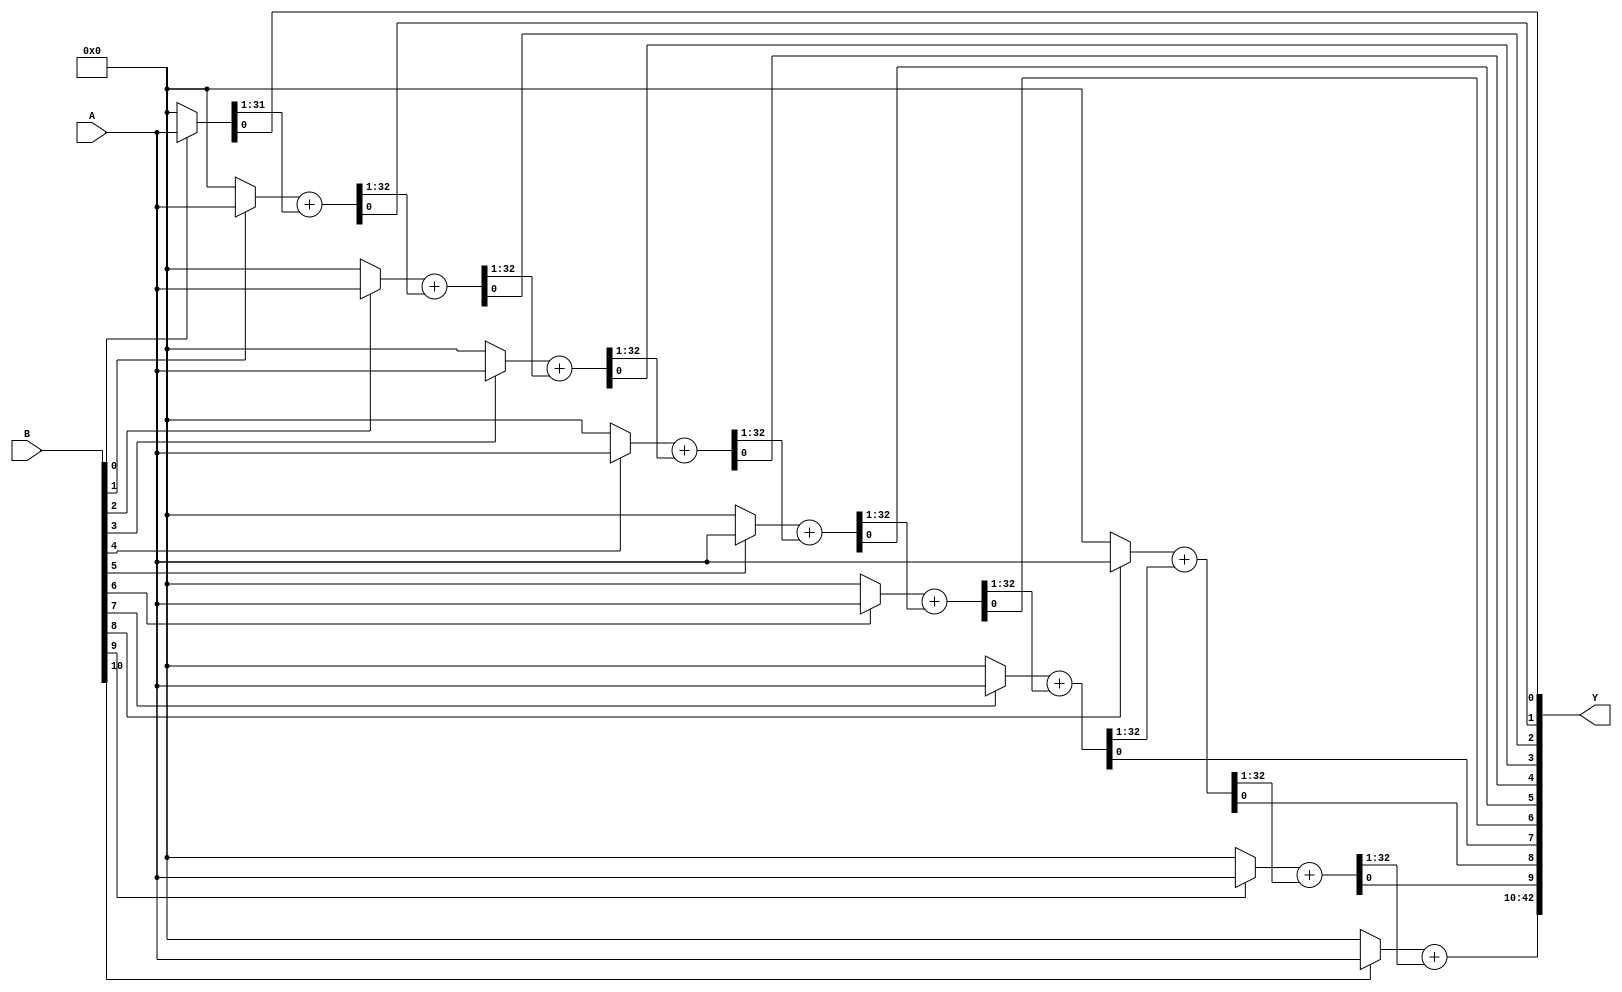
// Unsigned Multiplier 
// Parallel Multiplier 
// A size is N and B size is M


module Array_MUL_USign #(parameter N=32,M=11)(A,B,Y);
    input [N-1:0]A;
    input [M-1:0]B;
    output [M+N-1:0]Y;
    
   
    // Declare partial products terms, Total partial products are M
	wire [N-1:0]P[0:M-1]; // Bits-size of each partial product is N-bits
	wire [N-1:0]S[0:M-1]; // 

// Generate partial products 

genvar i;
generate

    for(i=0;i<M;i=i+1)
    begin:partial_products_gen
    	assign P[i] = B[i] ? A : {(N){1'B0}};
    end
endgenerate

// Add partial products 
    assign {S[0], Y[0]} = {1'b0, P[0]}; 



generate 
genvar j; 
	for(j = 0; j < M-1; j = j + 1)
	begin: Add_partial_products
		assign {S[j+1], Y[j+1]} = P[j+1] + S[j]; 
	end
endgenerate
    
assign Y[N+M-1:M] = S[M-1];
endmodule